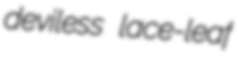
deviless lace-leaf